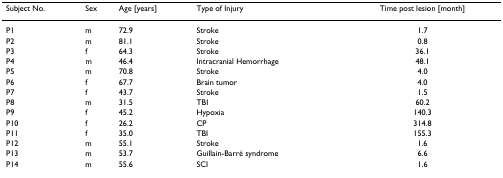
| Subject No. | Sex | Age [years] | Type of Injury | Time post lesion [month] |
 | --- | --- | --- | --- | --- |
 | P1 | m | 72.9 | Stroke | 1.7 |
 | P2 | m | 81.1 | Stroke | 0.8 |
 | P3 | f | 64.3 | Stroke | 36.1 |
 | P4 | m | 46.4 | Intracranial Hemorrhage | 48.1 |
 | P5 | m | 70.8 | Stroke | 4.0 |
 | P6 | f | 67.7 | Brain tumor | 4.0 |
 | P7 | f | 43.7 | Stroke | 1.5 |
 | P8 | m | 31.5 | TBI | 60.2 |
 | P9 | f | 45.2 | Hypoxia | 140.3 |
 | P10 | f | 26.2 | CP | 314.8 |
 | P11 | f | 35.0 | TBI | 155.3 |
 | P12 | m | 55.1 | Stroke | 1.6 |
 | P13 | m | 53.7 | Guillain-Barré syndrome | 6.6 |
 | P14 | m | 55.6 | SCI | 1.6 |